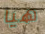
هيا